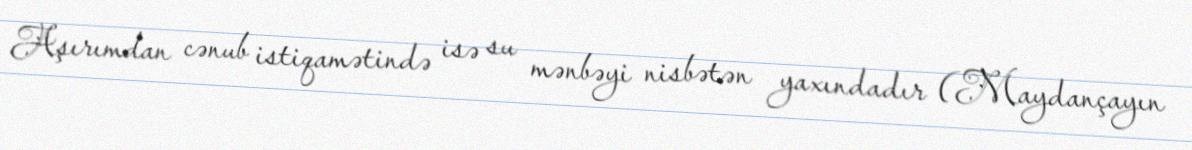
Aşırımdan cənub istiqamətində isə su mənbəyi nisbətən yaxındadır (Maydançayın